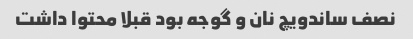
نصف ساندویچ نان و گوجه بود قبلا محتوا داشت